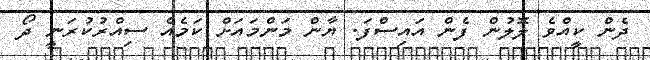
ދެން ކީއްވެ ލޮލުން ފެން އައިސްފަ. ޔާން މަންމައަށް ކަމެއް ސިއްރުކުރަނީ ދޯ